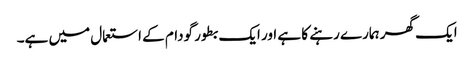
ایک گھر ہمارے رہنے کا ہے اور ایک بطور گودام کے استعمال میں ہے۔